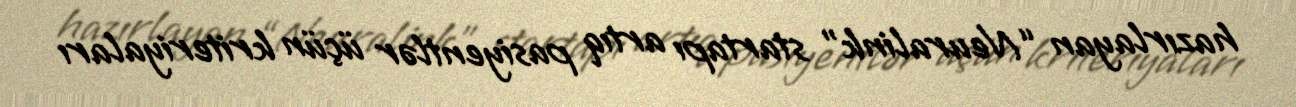
hazırlayan “Neuralink” startapı artıq pasiyentlər üçün kriteriyaları